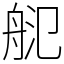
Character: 𦨲